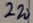
Text: 220